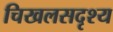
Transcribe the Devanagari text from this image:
चिखलसदृश्य